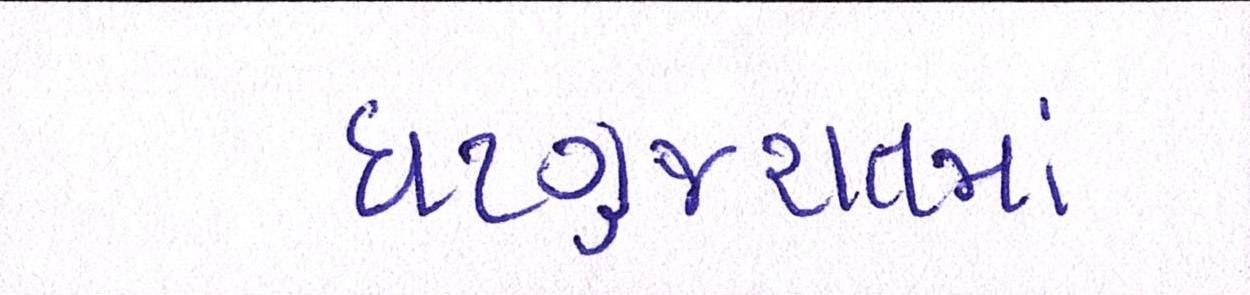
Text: ઘટગુજરાતમાં